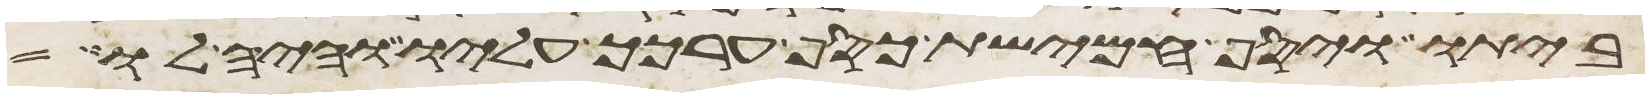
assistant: ביתו ויסף חמישת כסף ערכך עליו והיה לו